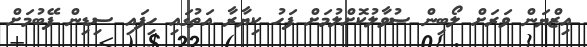
އިޒްޔަން ވަރަށް ލޯބިން ސުވާލުކޮށްލުމަށް ފަހު ކިޔާރާ އަތުގައި ހިފައި ސިޑިން ފޭބުމަށް